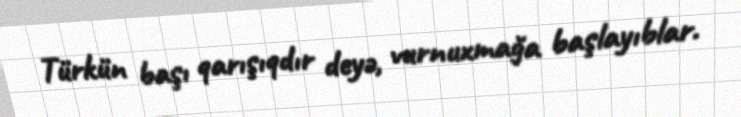
Türkün başı qarışıqdır deyə, vurnuxmağa başlayıblar.